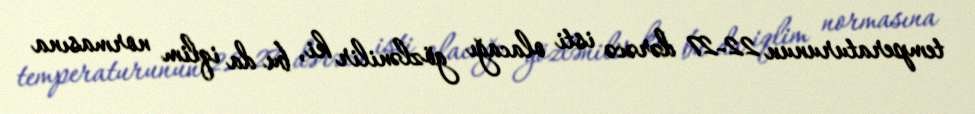
temperaturunun 22-27 dərəcə isti olacağı gözlənilir ki, bu da iqlim normasına